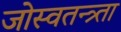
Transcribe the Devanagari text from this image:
जोस्वतन्त्र्ता